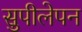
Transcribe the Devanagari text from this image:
सुपीलेपन